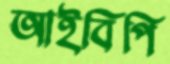
আইবিপি